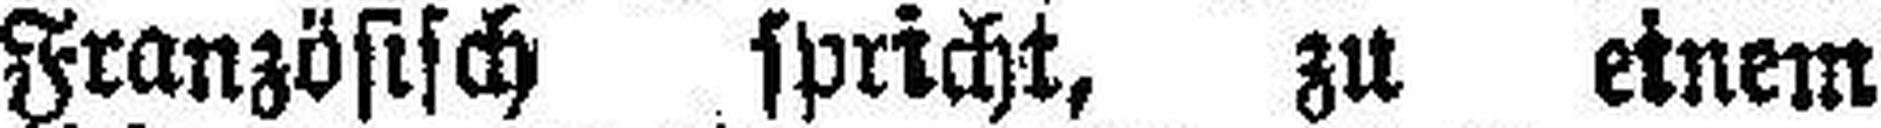
Französisch spricht, zn einem